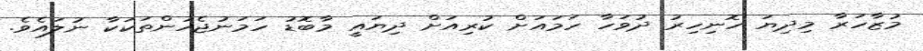
މުޒާހަރާ މިދިޔަ ހޮނިހިރު ދުވަހާ ހަމައަށް ކުރިއަށް ދިޔައީ މާބޮޑު ހަމަނުޖެހުންތަކަކާ ނުލައެވެ.